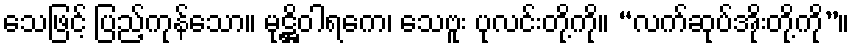
သေဖြင့် ပြည့်ကုန်သော။ မုဋ္ဌိဝါရကေ၊ သေဗူး ပုလင်းတို့ကို။ “လက်ဆုပ်အိုးတို့ကို”။